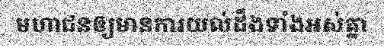
មហាជនឲ្យមានការយល់ដឹងទាំងអស់គ្នា